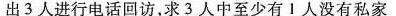
出3人进行电回访，求3人中至少有Ⅰ人没有私家